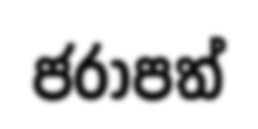
ජරාපත්